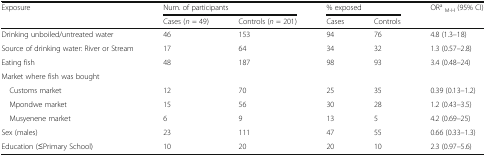
| <ROWSPAN=2> Exposure | <COLSPAN=2> Num. of participants | <COLSPAN=2> % exposed | <ROWSPAN=2> ORaM-H (95% CI) |
 | Cases (n = 49) | Controls (n = 201) | Cases | Controls |
 | --- | --- | --- | --- | --- | --- |
 | Drinking unboiled/untreated water | 46 | 153 | 94 | 76 | 4.8 (1.3–18) |
 | Source of drinking water: River or Stream | 17 | 64 | 34 | 32 | 1.3 (0.57–2.8) |
 | Eating fish | 48 | 187 | 98 | 93 | 3.4 (0.48–24) |
 | <COLSPAN=6> Market where fish was bought |
 | Customs market | 12 | 70 | 25 | 35 | 0.39 (0.13–1.2) |
 | Mpondwe market | 15 | 56 | 30 | 28 | 1.2 (0.43–3.5) |
 | Musyenene market | 6 | 9 | 13 | 5 | 4.2 (0.69–25) |
 | Sex (males) | 23 | 111 | 47 | 55 | 0.66 (0.33–1.3) |
 | Education (≤Primary School) | 10 | 20 | 20 | 10 | 2.3 (0.97–5.6) |